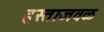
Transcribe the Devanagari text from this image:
हस्ताजवळ